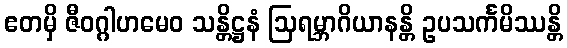
ဧတမှိ ဇီဝဂ္ဂါဟမေဝ သန္တိဋ္ဌနံ ဩရမ္ဘာဂိယာနန္တိ ဥပသင်္ကမိဿန္တိ